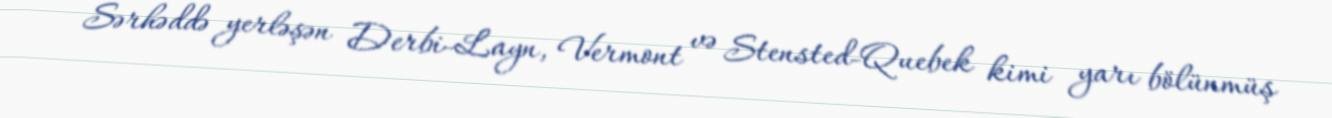
Sərhəddə yerləşən Derbi-Layn, Vermont və Stensted-Quebek kimi yarı bölünmüş